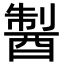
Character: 𨡐